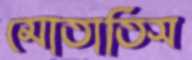
মোতাতিস